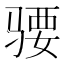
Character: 𱅜